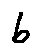
b